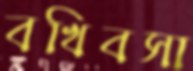
বখিবসা